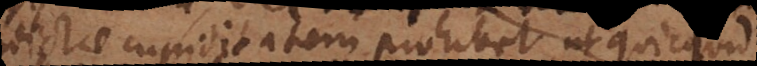
vindictae cupiditatem prohibet, ut quicquid